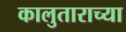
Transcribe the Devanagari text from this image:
कालुताराच्या